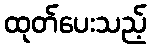
ထုတ်ပေးသည့်